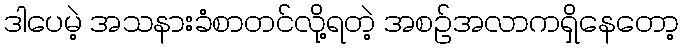
ဒါပေမဲ့ အသနားခံစာတင်လို့ရတဲ့ အစဉ်အလာကရှိနေတော့